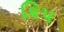
કિપ